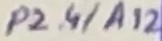
Text: P2.4/A12